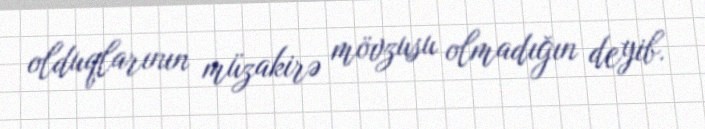
olduqlarının müzakirə mövzusu olmadığın deyib.